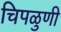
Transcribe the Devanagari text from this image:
चिपळुणी